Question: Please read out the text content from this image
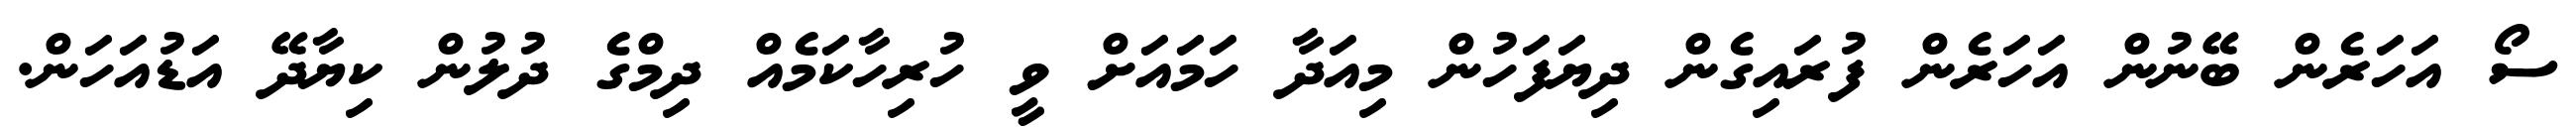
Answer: ސޯ އަހަރެން ބޭނުން އަހަރެން ފުރައިގެން ދިޔަފަހުން މިއަދާ ހަމައަށް ވީ ހުރިހާކަމެއް ދިމްގެ ދުލުން ކިޔާދޭ އަޑުއަހަން.